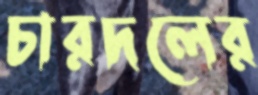
চারদলের